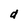
Character: d